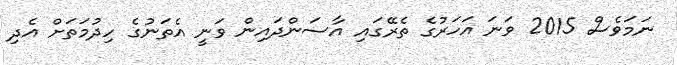
ނަމަވެސް 2015 ވަނަ އަހަރުގެ ތެރޭގައި އާސަންދައިން ވަނީ އެތަނުގެ ހިދުމަތަށް އެދި